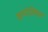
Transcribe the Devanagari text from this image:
कपोलिक